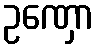
ဥဏှော